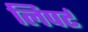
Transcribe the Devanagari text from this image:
लिपर्ट